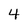
Character: 4